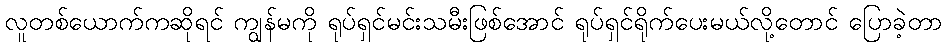
လူတစ်ယောက်ကဆိုရင် ကျွန်မကို ရုပ်ရှင်မင်းသမီးဖြစ်အောင် ရုပ်ရှင်ရိုက်ပေးမယ်လို့တောင် ပြောခဲ့တာ